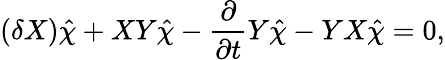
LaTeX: (\delta X)\hat{\chi}+XY\hat{\chi}-\frac{\partial}{\partial t}Y\hat{\chi}-YX\hat{\chi}=0,